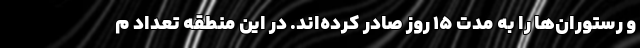
و رستوران‌ها را به مدت 15 روز صادر کرده‌اند. در این منطقه تعداد م